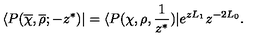
\langle P ( \overline { \chi } , \overline { \rho } ; - z ^ { \ast } ) | = \langle P ( \chi , \rho , { \frac { 1 } { z ^ { \ast } } } ) | e ^ { z L _ { 1 } } z ^ { - 2 L _ { 0 } } .